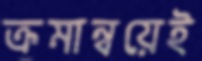
ক্রমান্বয়েই